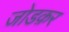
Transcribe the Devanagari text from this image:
जोडक़र